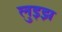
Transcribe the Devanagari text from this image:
लुइझ